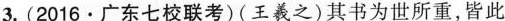
3.(2016·广东七校联考)(王羲之)其书为世所重，皆此